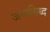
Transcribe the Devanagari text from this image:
जन्मसिध्द